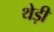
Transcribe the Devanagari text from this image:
थेड़ी